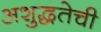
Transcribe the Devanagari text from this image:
अशुद्धतेची